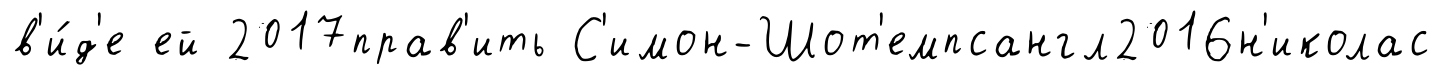
в'и́д'е ей 2017прав'ить С'имон-Шот'емпсангл2016н'иколас